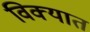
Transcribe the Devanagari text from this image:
विक्यात